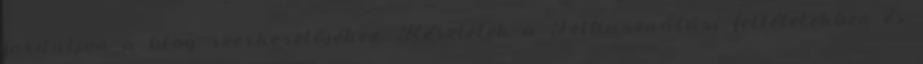
forduljon a blog szerkesztőjéhez. Részletek a Felhasználási feltételekben és